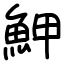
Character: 魻